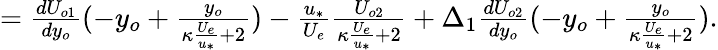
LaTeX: \begin{array}{r}{=\frac{dU_{o1}}{dy_{o}}(-y_{o}+\frac{y_{o}}{\kappa\frac{U_{e}}{u_{*}}+2})-\frac{u_{*}}{U_{e}}\frac{U_{o2}}{\kappa\frac{U_{e}}{u_{*}}+2}+\Delta_{1}\frac{dU_{o2}}{dy_{o}}(-y_{o}+\frac{y_{o}}{\kappa\frac{U_{e}}{u_{*}}+2}).}\end{array}